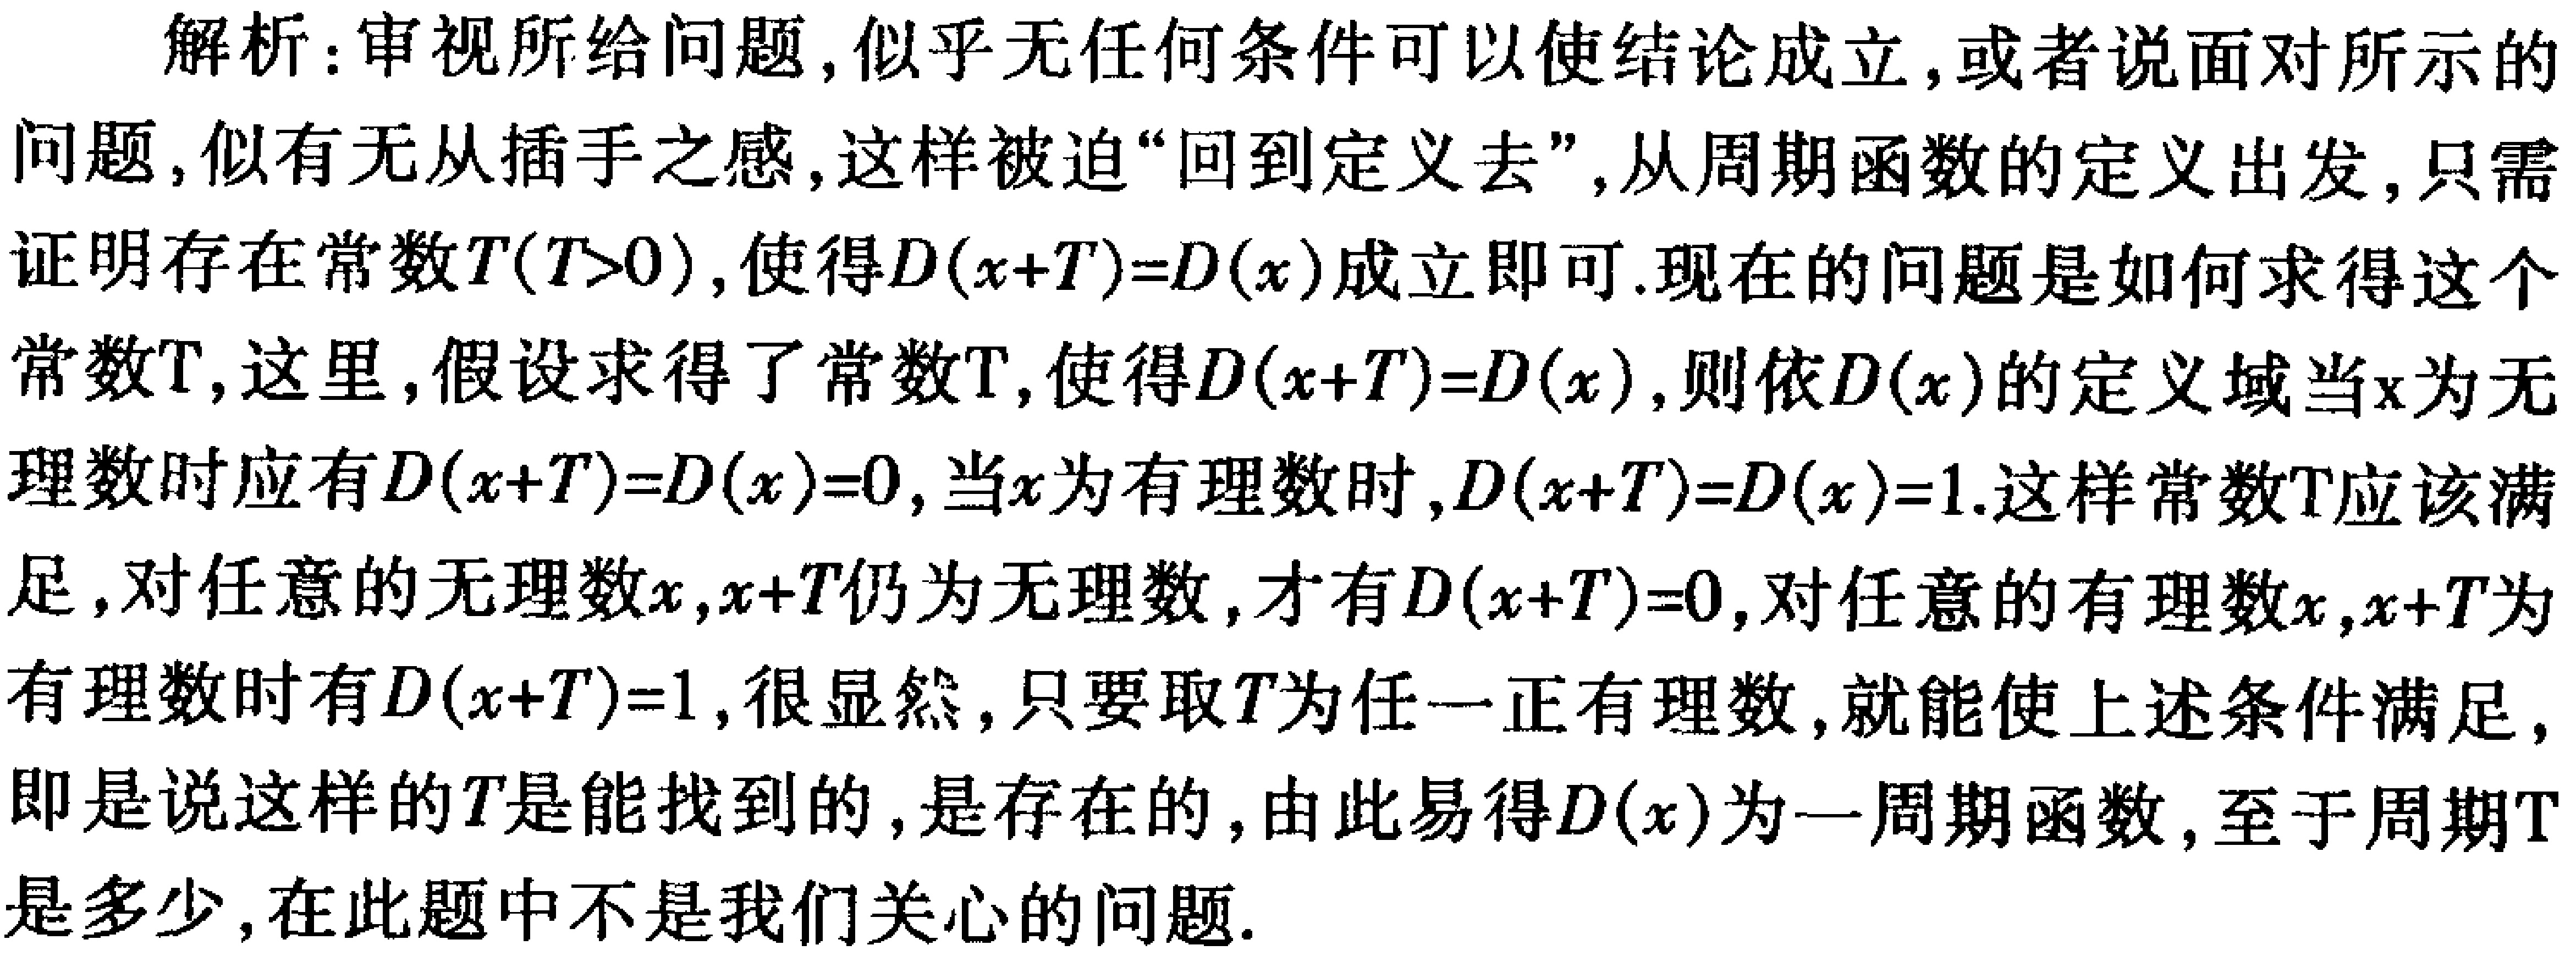
解析：审视所给问题,似乎无任何条件可以使结论成立,或者说面对所示的问题,似有无从插手之感,这样被迫“回到定义去”,从周期函数的定义出发,只需证明存在常数\(T(T > 0)\),使得\(D(x + T)=D(x)\)成立即可.现在的问题是如何求得这个常数\(T\),这里,假设求得了常数\(T\),使得\(D(x + T)=D(x)\),则依\(D(x)\)的定义域当\(x\)为无理数时应有\(D(x + T)=D(x)=0\),当\(x\)为有理数时,\(D(x + T)=D(x)=1\).这样常数\(T\)应该满足,对任意的无理数\(x\),\(x + T\)仍为无理数,才有\(D(x + T)=0\),对任意的有理数\(x\),\(x + T\)为有理数时有\(D(x + T)=1\),很显然,只要取\(T\)为任一正有理数,就能使上述条件满足,即是说这样的\(T\)是能找到的,是存在的,由此易得\(D(x)\)为一周期函数,至于周期\(T\)是多少,在此题中不是我们关心的问题.